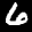
Label: 6